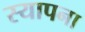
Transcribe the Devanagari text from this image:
स्यापना